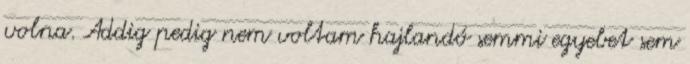
volna. Addig pedig nem voltam hajlandó semmi egyebet sem